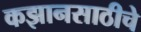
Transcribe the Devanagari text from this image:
कझानसाठीचे